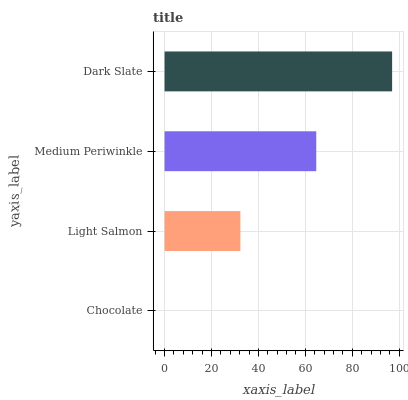
| yaxis_label | bars |
 | --- | --- |
 | Chocolate | 0 |
 | Light Salmon | 32.3 |
 | Medium Periwinkle | 64.6 |
 | Dark Slate | 96.9 |